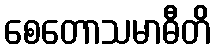
စေတောသမာဓီတိ